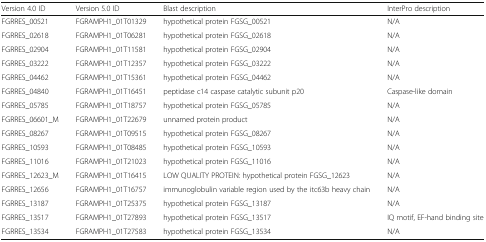
<table><thead><tr><td><b>Version 4.0 ID</b></td><td><b>Version 5.0 ID</b></td><td><b>Blast description</b></td><td><b>InterPro description</b></td></tr></thead><tbody><tr><td>FGRRES_00521</td><td>FGRAMPH1_01T01329</td><td>hypothetical protein FGSG_00521</td><td>N/A</td></tr><tr><td>FGRRES_02618</td><td>FGRAMPH1_01T06281</td><td>hypothetical protein FGSG_02618</td><td>N/A</td></tr><tr><td>FGRRES_02904</td><td>FGRAMPH1_01T11581</td><td>hypothetical protein FGSG_02904</td><td>N/A</td></tr><tr><td>FGRRES_03222</td><td>FGRAMPH1_01T12357</td><td>hypothetical protein FGSG_03222</td><td>N/A</td></tr><tr><td>FGRRES_04462</td><td>FGRAMPH1_01T15361</td><td>hypothetical protein FGSG_04462</td><td>N/A</td></tr><tr><td>FGRRES_04840</td><td>FGRAMPH1_01T16451</td><td>peptidase c14 caspase catalytic subunit p20</td><td>Caspase-like domain</td></tr><tr><td>FGRRES_05785</td><td>FGRAMPH1_01T18757</td><td>hypothetical protein FGSG_05785</td><td>N/A</td></tr><tr><td>FGRRES_06601_M</td><td>FGRAMPH1_01T22679</td><td>unnamed protein product</td><td>N/A</td></tr><tr><td>FGRRES_08267</td><td>FGRAMPH1_01T09515</td><td>hypothetical protein FGSG_08267</td><td>N/A</td></tr><tr><td>FGRRES_10593</td><td>FGRAMPH1_01T08485</td><td>hypothetical protein FGSG_10593</td><td>N/A</td></tr><tr><td>FGRRES_11016</td><td>FGRAMPH1_01T21023</td><td>hypothetical protein FGSG_11016</td><td>N/A</td></tr><tr><td>FGRRES_12623_M</td><td>FGRAMPH1_01T16415</td><td>LOW QUALITY PROTEIN: hypothetical protein FGSG_12623</td><td>N/A</td></tr><tr><td>FGRRES_12656</td><td>FGRAMPH1_01T16757</td><td>immunoglobulin variable region used by the itc63b heavy chain</td><td>N/A</td></tr><tr><td>FGRRES_13187</td><td>FGRAMPH1_01T25375</td><td>hypothetical protein FGSG_13187</td><td>N/A</td></tr><tr><td>FGRRES_13517</td><td>FGRAMPH1_01T27893</td><td>hypothetical protein FGSG_13517</td><td>IQ motif, EF-hand binding site</td></tr><tr><td>FGRRES_13534</td><td>FGRAMPH1_01T27583</td><td>hypothetical protein FGSG_13534</td><td>N/A</td></tr></tbody></table>